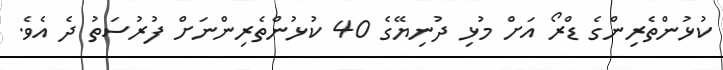
ކުޅުންތެރިންގެ ޑްރޯ އަށް މުޅި ދުނިޔޭގެ 40 ކުޅުންތެރިންނަށް ފުރުސަތު ދެ އެވެ.